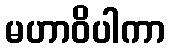
မဟာဝိပါကာ